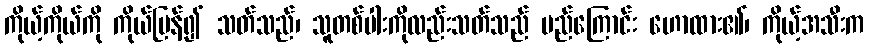
ကိုယ့်ကိုယ်ကို ကိုယ်ပြန်၍ သတ်သည်၊ သူတစ်ပါးကိုလည်းသတ်သည် မည်ကြောင်း ဟောထား၏၊ ကိုယ့်အသီးက